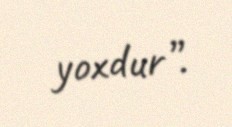
yoxdur”.